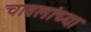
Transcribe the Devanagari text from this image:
चावलांच्या